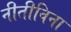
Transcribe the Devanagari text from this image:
नीतीविना